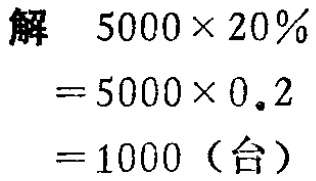
解

\[

\begin{align*}

5000\times20\%&=5000\times0.2\\

& = 1000（台）

\end{align*}

\]